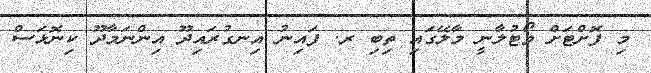
މި ފޮށްޓަށް ވޯޓުލާނީ މާލޭގައި ތިބި ރ. ފައިނު އިނގުރައިދޫ އިންނަމާދޫ ކިނޮޅަސް